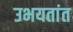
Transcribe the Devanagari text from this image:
उभयतांत